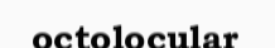
octolocular